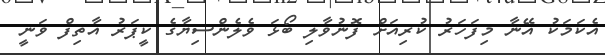
އެކަމަކު އޭނާ މިފަހަރު ކުރިއަށް ފޮނުވާލި ބޯޅަ ވެލެންސިޔާގެ ކީޕަރު އާތިފް ވަނީ